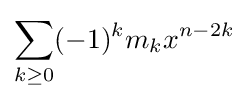
\sum _{k\geq 0}(-1)^{k}m_{k}x^{n-2k}